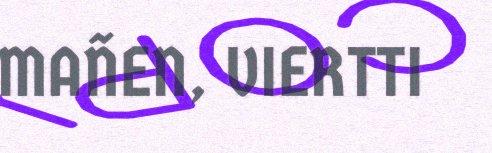
MAÑEN, VIERTTI